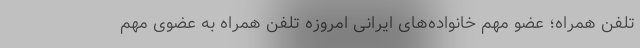
تلفن همراه؛ عضو مهم خانواده‌های ایرانی امروزه تلفن همراه به عضوی مهم